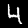
Label: 4